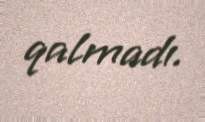
qalmadı.